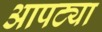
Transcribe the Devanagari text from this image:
आपट्या